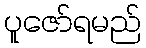
ပူဇော်ရမည်